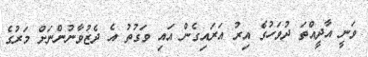
ވަނީ އާދީއްތަ ދުވަހުގެ އިރު އަރައިގެން އައި ވަގުތު އެ ދެޒުވާނުންނަށް މަރުގެ